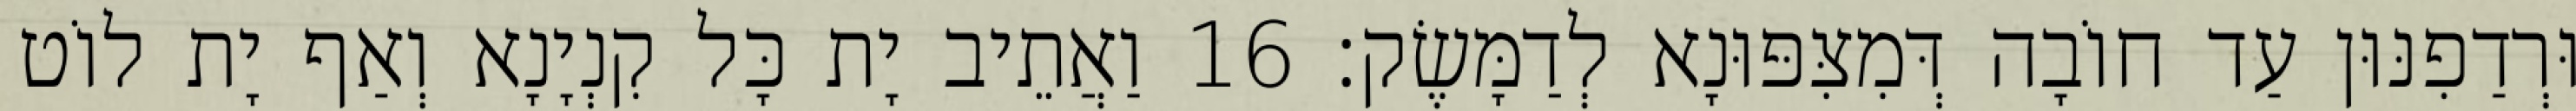
וּרְדַפִנּוּן עַד חוֹבָה דְּמִצִּפּוּנָא לְדַמָּשֶׂק׃ 16 וַאֲתֵיב יָת כָּל קִנְיָנָא וְאַף יָת לוֹט